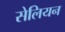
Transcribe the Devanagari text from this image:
सेलियन